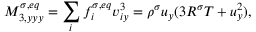
M _ { 3 , y y y } ^ { \sigma , e q } = \sum _ { i } f _ { i } ^ { \sigma , e q } v _ { i y } ^ { 3 } = \rho ^ { \sigma } u _ { y } ( 3 R ^ { \sigma } T + u _ { y } ^ { 2 } ) ,